Indian journal of veterinary science and animal husbandry - Volume 3,
Year: 1933
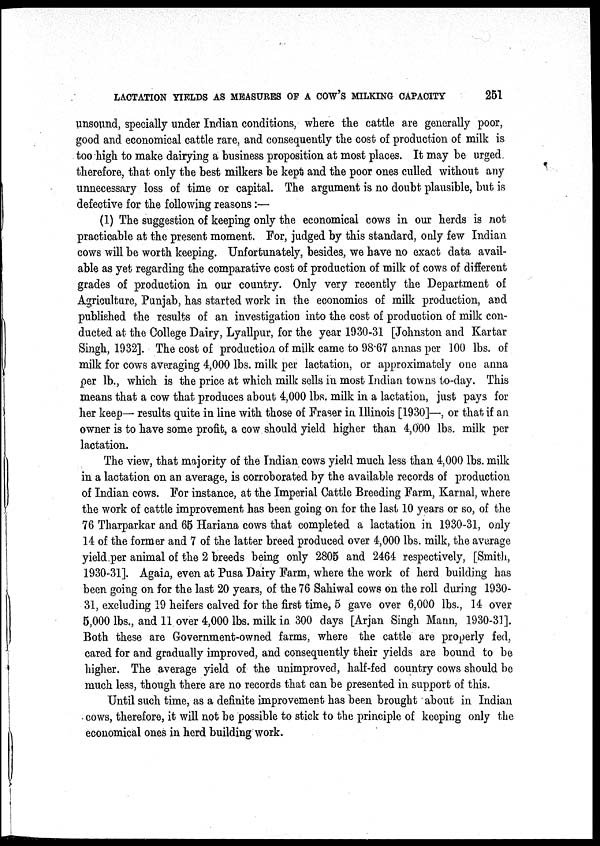
LACTATION YIELDS AS MEASURES OF A COW'S MILKING CAPACITY
251
unsound, specially under Indian conditions, where the cattle are generally poor,
good and economical cattle rare, and consequently the cost of production of milk is
too high to make dairying a business proposition at most places. It may be urged
therefore, that only the best milkers be kept and the poor ones culled without any
unnecessary loss of time or capital. The argument is no doubt- plausible, but is
defective for the following reasons :—
(1) The suggestion of keeping only the economical cows in our herds is not
practicable at the present moment. For, judged by this standard, only few Indian
cows will be worth keeping. Unfortunately, besides, we have no exact data avail-
able as yet regarding the comparative cost of production of milk of cows of different
grades of production in our country. Only very recently the Department of
Agriculture, Punjab, has started work in the economics of milk production, and
published the results of an investigation into the cost of production of milk con-
ducted at the College Dairy, Lyallpur, for the year 1930-31 [Johnston and Kartar
Singh, 1932]. The cost of production of milk came to 98.67 annas per 100 lbs. of
milk for cows averaging 4,000 lbs. milk per lactation, or approximately one anna
per lb., which is the price at which milk sells in most Indian towns to-day. This
means that a cow that produces about 4,000 lbs. milk in a lactation, just pays for
her keep— results quite in line with those of Fraser in Illinois [1930]—, or that if an
owner is to have some profit, a cow should yield higher than 4,000 lbs. milk per
lactation.
The view, that majority of the Indian cows yield much less than 4,000 lbs. milk
in a lactation on an average, is corroborated by the available records of production
of Indian cows. For instance, at the Imperial Cattle Breeding Farm, Karnal, where
the work of cattle improvement has been going on for the last 10 years or so, of the
76 Tharparkar and 65 Hariana cows that completed a lactation in 1930-31, only
14 of the former and 7 of the latter breed produced over 4,000 lbs. milk, the average
yield per animal of the 2 breeds being only 2805 and 2464 respectively, [Smith,
1930-31]. Again, even at Pusa Dairy Farm, where the work of herd building has
been going on for the last 20 years, of the 76 Sahiwal cows on the roll during 1930-
31, excluding 19 heifers calved for the first time, 5 gave over 6,000 lbs., 14 over
5,000 lbs., and 11 over 4,000 lbs. milk in 300 days [Arjan Singh Mann, 1930-31].
Both these are Government-owned farms, where the cattle are properly fed,
cared for and gradually improved, and consequently their yields are bound to be
higher. The average yield of the unimproved, half-fed country cows should be
much less, though there are no records that can be presented in support of this.
Until such time, as a definite improvement has been brought about in Indian
cows, therefore, it will not be possible to stick to the principle of keeping only the
economical ones in herd building work.